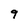
Character: q